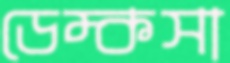
ডেম্কসা